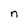
Character: n